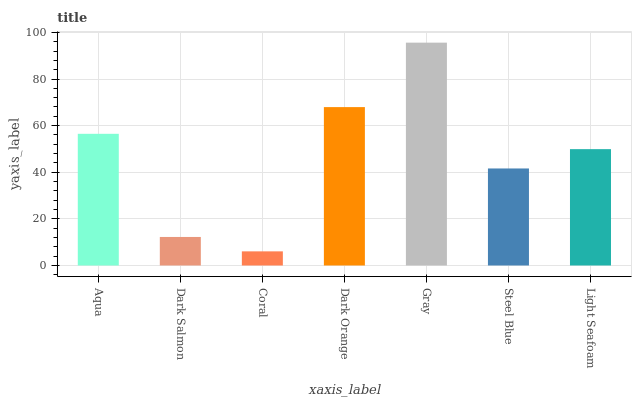
| xaxis_label | bars |
 | --- | --- |
 | Aqua | 56.5 |
 | Dark Salmon | 12.2 |
 | Coral | 6.06 |
 | Dark Orange | 67.9 |
 | Gray | 95.6 |
 | Steel Blue | 41.6 |
 | Light Seafoam | 49.9 |